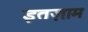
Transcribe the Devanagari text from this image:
इतज़ाम